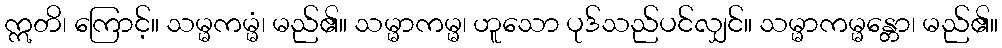
ဣတိ၊ ကြောင့်။ သမ္မကမ္မံ၊ မည်၏။ သမ္မာကမ္မ၊ ဟူသော ပုဒ်သည်ပင်လျှင်။ သမ္မာကမ္မန္တော၊ မည်၏။